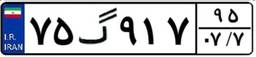
۷۵گ۹۱۷۹۵